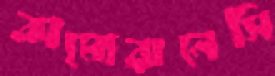
কামোরানেসি